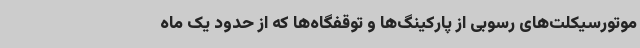
موتورسیکلت‌های رسوبی از پارکینگ‌ها و توقفگاه‌ها که از حدود یک ماه